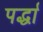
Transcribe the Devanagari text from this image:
पर्द्धा